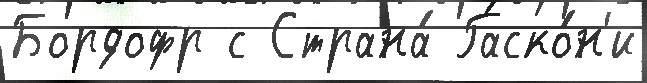
Бордофр с Страна́ Гаско́н'и